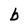
Character: b